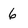
Character: 6